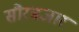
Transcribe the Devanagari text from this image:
सौरबजार